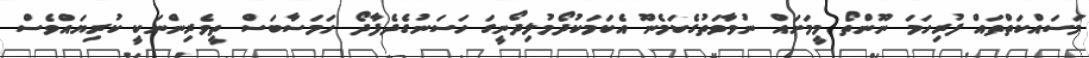
މަސައްކަތްތައް ފުރިހަމަ ނޫންތޯ މީމަށައް ނުވާވަތުގެކަމެނޫ އެކަމަކުދޯމުލިދޯނީގަ ހަސަނުގެދެފާދޯ ހަމަސާބަސް ތީވެރިންނަކީ ކުރިޔައްވެސް